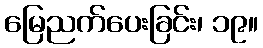
မြေညက်ပေးခြင်း၊ ၁၉။